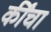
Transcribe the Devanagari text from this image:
कींचा